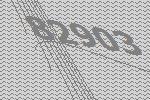
82903